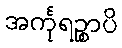
အင်္ကုရဉ္စာပိ